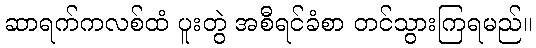
ဆာရက်ကလစ်ထံ ပူးတွဲ အစီရင်ခံစာ တင်သွားကြရမည်။